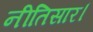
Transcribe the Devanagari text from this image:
नीतिसार।